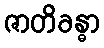
ဇာတိခန္ဓာ